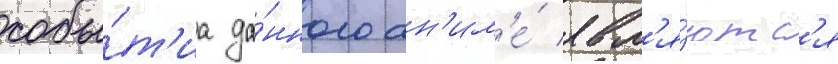
собы́т'иа да́нного ан'им'е́ явл'я́ютс'я